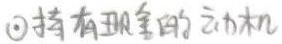
\textcircled{2}持有现金的动机